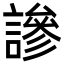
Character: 謲